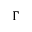
\Gamma